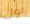
تول